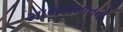
માલસમાનની